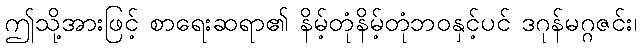
ဤသို့အားဖြင့် စာရေးဆရာ၏ နိမ့်တုံနိမ့်တုံဘဝနှင့်ပင် ဒဂုန်မဂ္ဂဇင်း၊